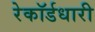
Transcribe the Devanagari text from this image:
रेकॉर्डधारी